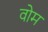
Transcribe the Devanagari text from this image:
वोम